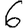
Digit: 6